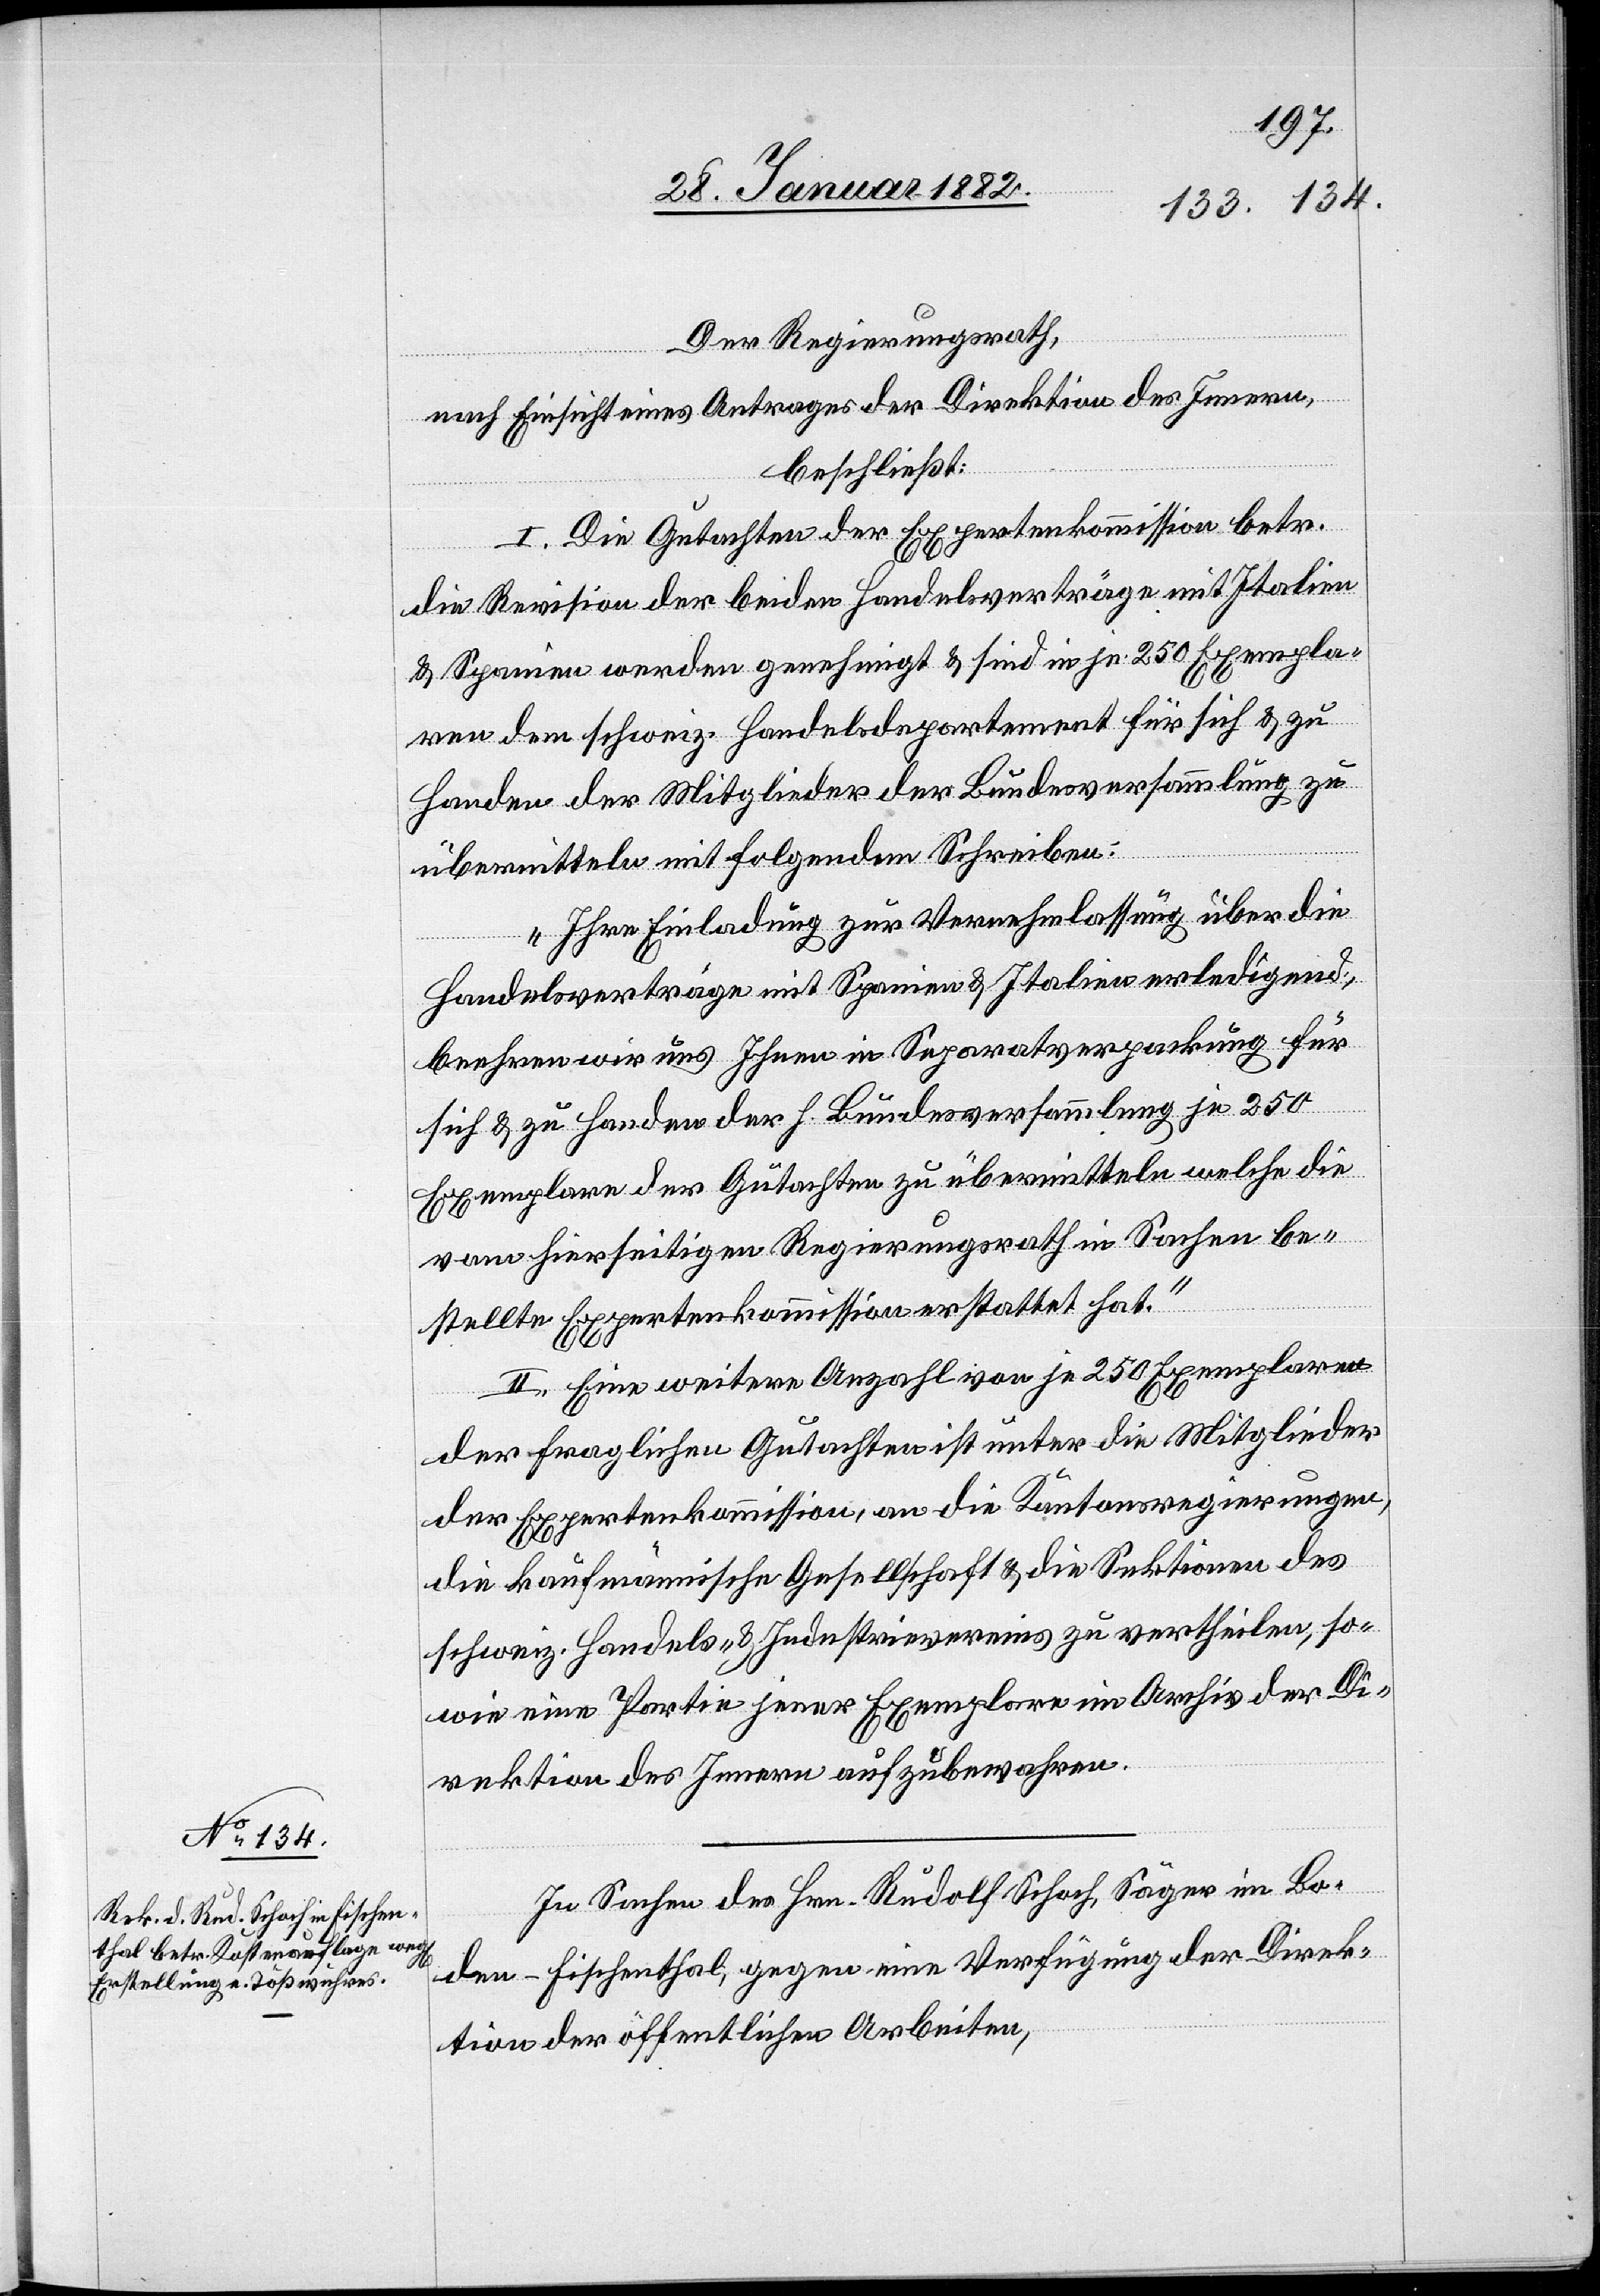
Der Regierungsrath,
nach Einsicht eines Antrages der Direktion des Innern,
beschließt:
I. Die Gutachten der Expertenkommission betr.
die Revision der beiden Handelsverträge mit Italien
& Spanien werden genehmigt & sind in je 250 Exempla¬
ren dem schweiz. Handelsdepartement für sich & zu
Handen der Mitglieder der Bundesversammlung zu
übermitteln mit folgendem Schreiben:
„Ihre Einladung zur Vernehmlassung über die
Handelsverträge mit Spanien & Italien erledigend,
beehren wir uns Ihnen in Separatverpackung für
sich & zu Handen der h. Bundesversammlung je 250
Exemplare der Gutachten zu übermitteln welche die
von hierseitigem Regierungsrath in Sachen be¬
stellten Expertenkommission erstattet hat.“
II. Eine weitere Anzahl von je 250 Exemplaren
der fraglichen Gutachten ist unter die Mitglieder
der Expertenkommission, an die Kantonsregierungen,
die kaufmännische Gesellschaft & die Sektionen des
schweiz. Handles- & Industrievereins zu vertheilen, so¬
wie eine Partie jener Exemplare im Archiv der Di¬
rektion des Innern aufzubewahren.
In Sachen des Hrn. Rudolf Schoch, Säger im Bo¬
den - Fischenthal; gegen eine Verfügung der Direk¬
tion der öffentlichen Arbeiten,